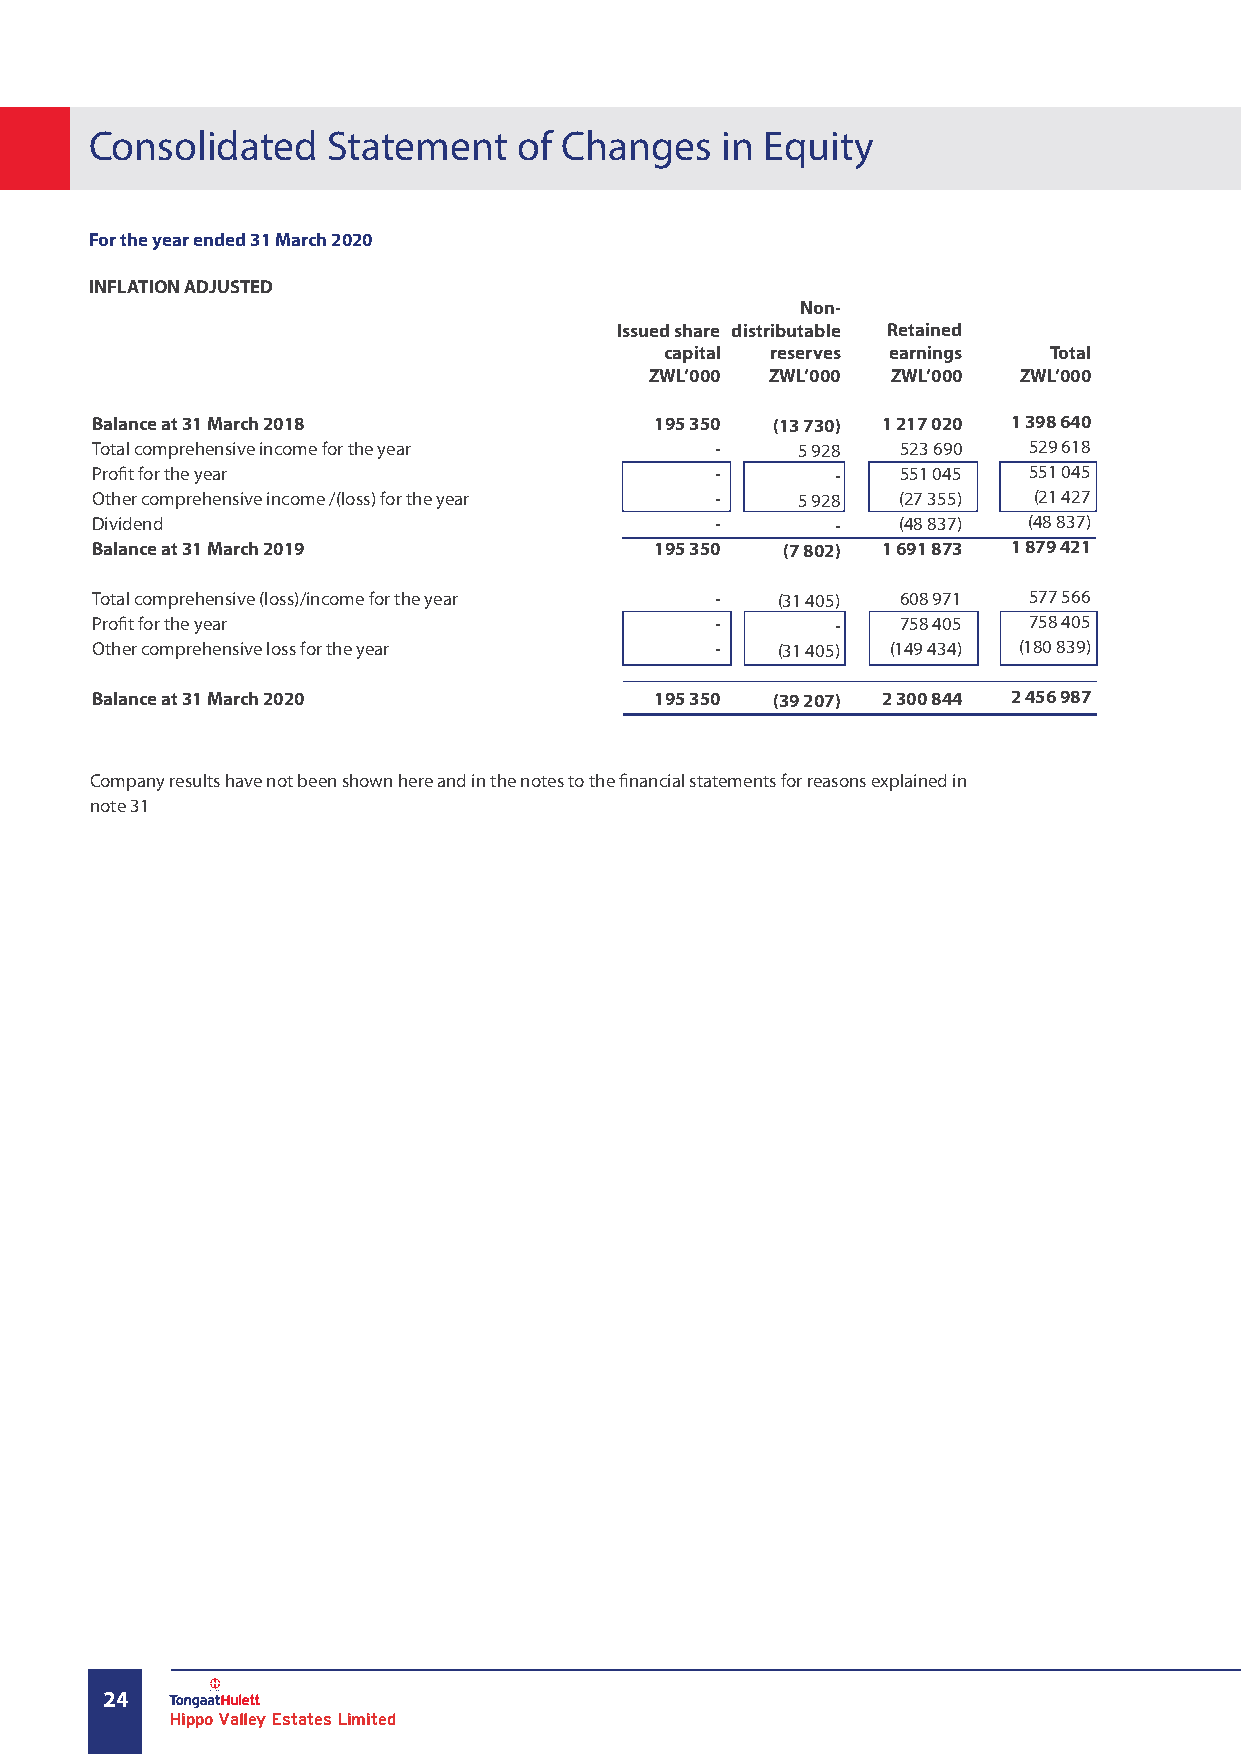
Consolidated    Statement   of Changes    in Equity
 For the year ended 31 March 2020
 INFLATION ADJUSTED
 Non-
 Issued share distributable Retained
 capital reserves earnings Total
 ZWL’000 ZWL’000 ZWL’000 ZWL’000
 Balance at 31 March 2018             195 350 (13 730) 1 217 020 1 398 640
 Total comprehensive income for the year  -     5 928  523 690 529 618
 Profit for the year                      -       -    551 045 551 045
 Other comprehensive income /(loss) for the year - 5 928 (27 355) (21 427
 Dividend                                 -       -    (48 837) (48 837)
 Balance at 31 March 2019             195 350  (7 802) 1 691 873 1 879 421
 Total comprehensive (loss)/income for the year - (31 405) 608 971 577 566
 Profit for the year                      -       -    758 405 758 405
 Other comprehensive loss for the year    -   (31 405) (149 434) (180 839)
 Balance at 31 March 2020             195 350 (39 207) 2 300 844 2 456 987
 Company results have not been shown here and in the notes to the financial statements for reasons explained in
 note 31
 24
 Hippo Valley Estates Limited